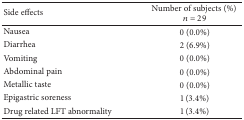
| Side effects | Number of subjects (%) n = 29 |
 | --- | --- |
 | Nausea | 0 (0.0%) |
 | Diarrhea | 2 (6.9%) |
 | Vomiting | 0 (0.0%) |
 | Abdominal pain | 0 (0.0%) |
 | Metallic taste | 0 (0.0%) |
 | Epigastric soreness | 1 (3.4%) |
 | Drug related LFT abnormality | 1 (3.4%) |